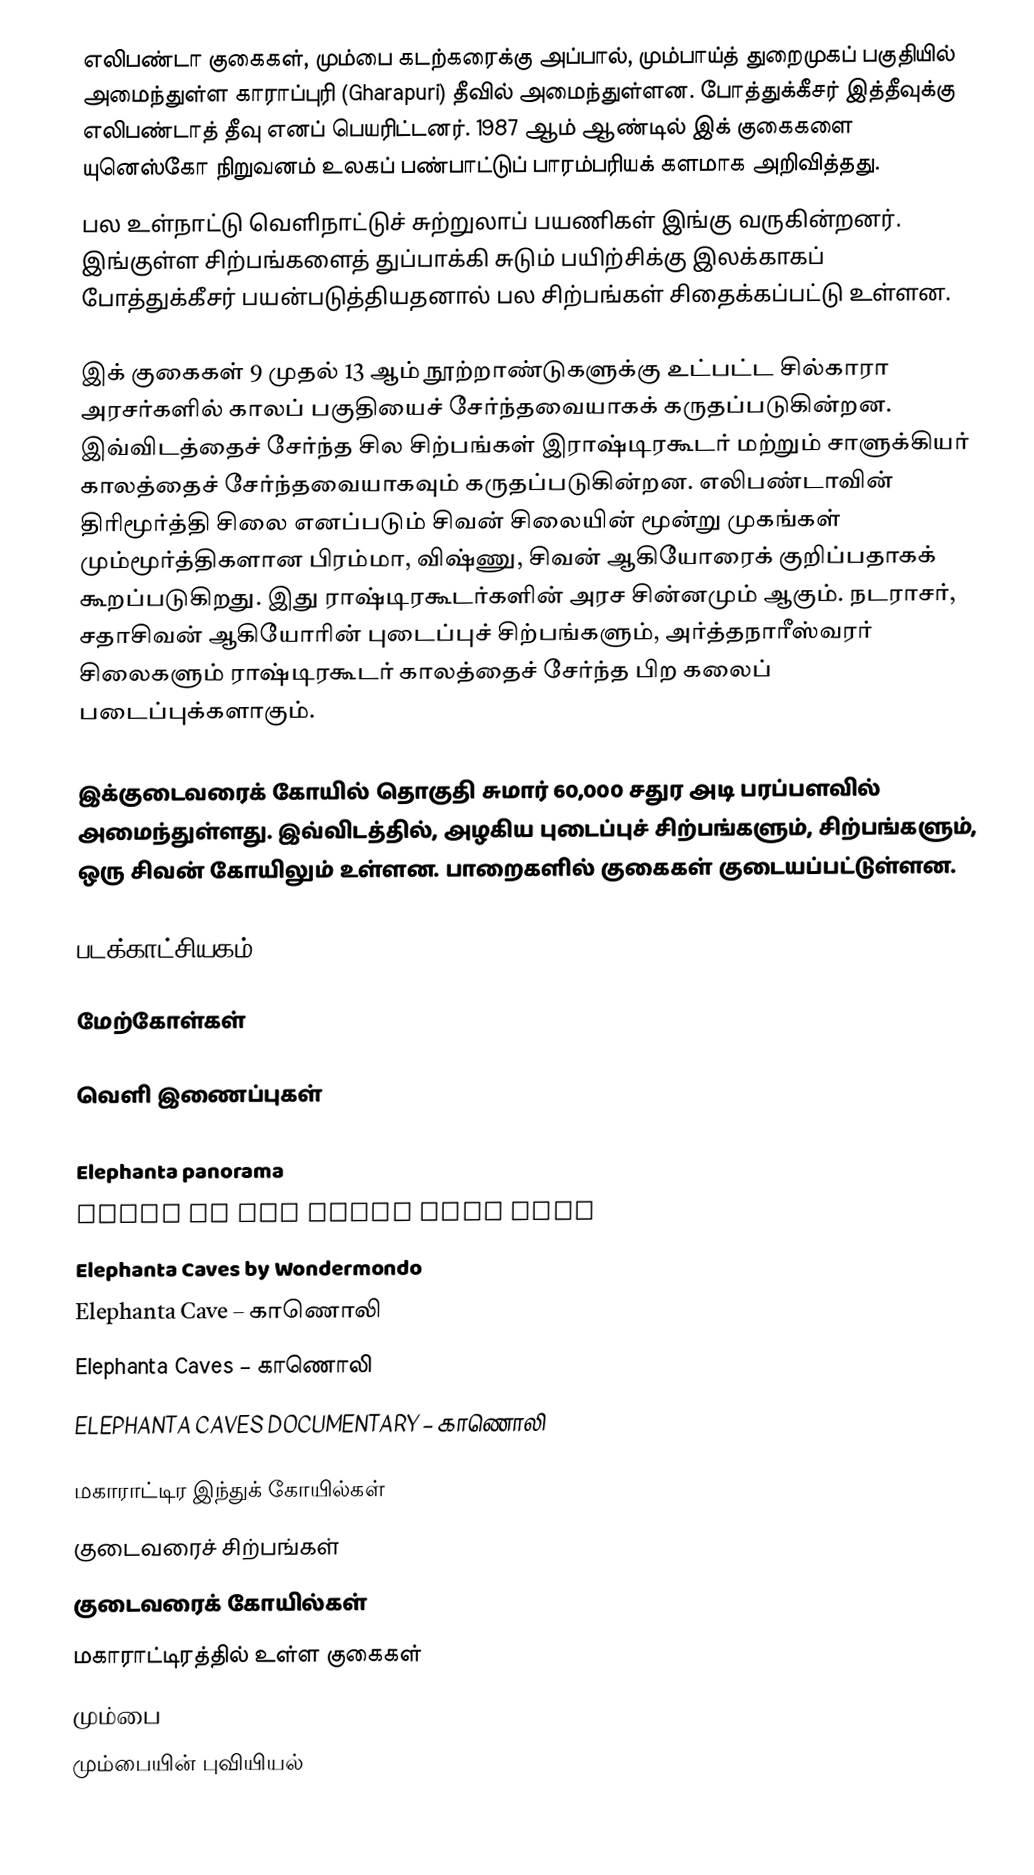
எலிபண்டா குகைகள், மும்பை கடற்கரைக்கு அப்பால், மும்பாய்த் துறைமுகப் பகுதியில் அமைந்துள்ள காராப்புரி  (Gharapuri) தீவில் அமைந்துள்ளன. போத்துக்கீசர் இத்தீவுக்கு எலிபண்டாத் தீவு எனப் பெயரிட்டனர். 1987 ஆம் ஆண்டில் இக் குகைகளை யுனெஸ்கோ  நிறுவனம்  உலகப் பண்பாட்டுப் பாரம்பரியக் களமாக அறிவித்தது.
பல உள்நாட்டு வெளிநாட்டுச் சுற்றுலாப் பயணிகள் இங்கு வருகின்றனர். இங்குள்ள சிற்பங்களைத் துப்பாக்கி சுடும் பயிற்சிக்கு இலக்காகப் போத்துக்கீசர் பயன்படுத்தியதனால் பல சிற்பங்கள் சிதைக்கப்பட்டு உள்ளன.

இக் குகைகள் 9 முதல் 13 ஆம் நூற்றாண்டுகளுக்கு உட்பட்ட சில்காரா அரசர்களில் காலப் பகுதியைச் சேர்ந்தவையாகக் கருதப்படுகின்றன. இவ்விடத்தைச் சேர்ந்த சில சிற்பங்கள் இராஷ்டிரகூடர் மற்றும் சாளுக்கியர் காலத்தைச் சேர்ந்தவையாகவும் கருதப்படுகின்றன. எலிபண்டாவின் திரிமூர்த்தி சிலை எனப்படும் சிவன் சிலையின் மூன்று முகங்கள் மும்மூர்த்திகளான பிரம்மா, விஷ்ணு, சிவன் ஆகியோரைக் குறிப்பதாகக் கூறப்படுகிறது. இது ராஷ்டிரகூடர்களின் அரச சின்னமும் ஆகும். நடராசர், சதாசிவன் ஆகியோரின் புடைப்புச் சிற்பங்களும், அர்த்தநாரீஸ்வரர் சிலைகளும் ராஷ்டிரகூடர் காலத்தைச் சேர்ந்த பிற கலைப் படைப்புக்களாகும்.

இக்குடைவரைக் கோயில் தொகுதி சுமார் 60,000 சதுர அடி பரப்பளவில் அமைந்துள்ளது. இவ்விடத்தில், அழகிய புடைப்புச் சிற்பங்களும், சிற்பங்களும், ஒரு சிவன் கோயிலும் உள்ளன.  பாறைகளில் குகைகள் குடையப்பட்டுள்ளன.

படக்காட்சியகம்

மேற்கோள்கள்

வெளி இணைப்புகள்

Elephanta panorama
Video of the caves MTDC site
Elephanta Caves by Wondermondo
Elephanta Cave  – காணொலி
Elephanta Caves – காணொலி
 ELEPHANTA CAVES DOCUMENTARY – காணொலி

மகாராட்டிர இந்துக் கோயில்கள்
குடைவரைச் சிற்பங்கள்
குடைவரைக் கோயில்கள்
மகாராட்டிரத்தில் உள்ள குகைகள்
மும்பை
மும்பையின் புவியியல்